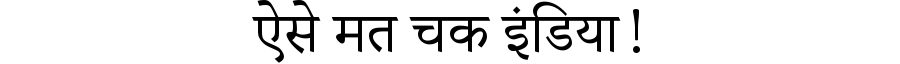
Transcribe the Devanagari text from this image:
ऐसे मत चक इंडिया!